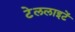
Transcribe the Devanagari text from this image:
टेललाइटें